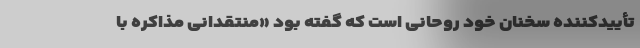
تأیید‌کننده سخنان خود روحانی است که گفته بود «منتقدانی مذاکره با